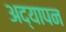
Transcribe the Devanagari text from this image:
अद्यापन